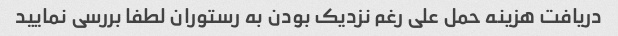
دریافت هزینه حمل علی رغم نزدیک بودن به رستوران لطفا بررسی نمایید